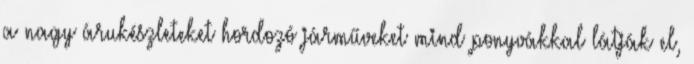
a nagy árukészleteket hordozó járműveket mind ponyvákkal látják el,